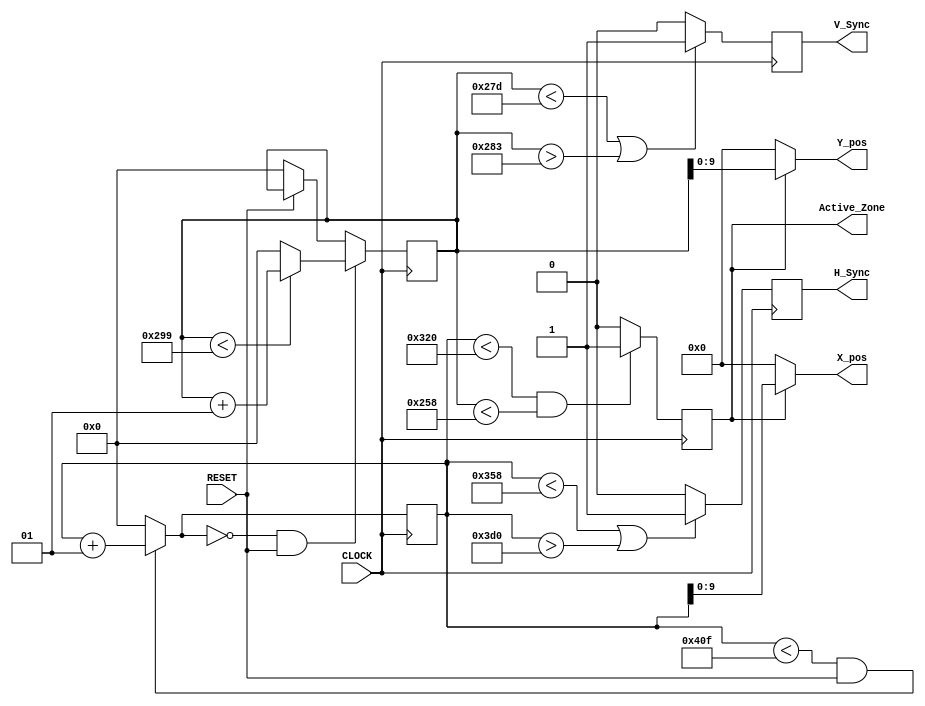
module Sync(H_Sync, V_Sync, Active_Zone, X_pos, Y_pos, CLOCK, RESET);
	input CLOCK, RESET;
	
	output reg H_Sync, V_Sync, Active_Zone;
	output [9:0] X_pos, Y_pos;
	
	// 800 x 600 @72Hz => 50MHz clock
	
	parameter	H_Visible_Area = 800,
					H_Front_Porch = 56,
					H_Back_Porch = 64,
					H_Sync_Pulse = 120,
					H_Total_Pixels = 1040;
					
	parameter	V_Visible_Area = 600,
					V_Front_Porch = 37,
					V_Back_Porch = 23,
					V_Sync_Pulse = 6,
					V_Total_Pixels = 666;
					
	integer	H_index = 0,
				V_index = 0;			
				
	always @(posedge CLOCK)
	begin
		H_Sync <= ((H_index < (H_Visible_Area + H_Front_Porch)) | (H_index > (H_Visible_Area + H_Front_Porch + H_Sync_Pulse))) ?  1 : 0;
		V_Sync <= ((V_index < (V_Visible_Area + V_Front_Porch)) | (V_index > (V_Visible_Area + V_Front_Porch + V_Sync_Pulse))) ?  1 : 0;
		Active_Zone <= ((H_index < H_Visible_Area) & (V_index < V_Visible_Area)) ? 1 : 0;
		H_index = ((H_index < H_Total_Pixels - 1) & RESET) ? H_index + 1 : 0;
		V_index = (H_index == 0 & RESET) ? (V_index < V_Total_Pixels - 1) ? V_index + 1 : 0 : RESET ? V_index : 0;
	end
	
	assign X_pos = Active_Zone ? H_index : 0;
	assign Y_pos = Active_Zone ? V_index : 0;

endmodule